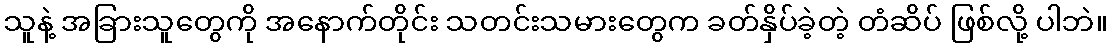
သူနဲ့ အခြားသူတွေကို အနောက်တိုင်း သတင်းသမားတွေက ခတ်နှိပ်ခဲ့တဲ့ တံဆိပ် ဖြစ်လို့ ပါဘဲ။